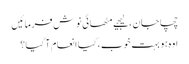
چچا جان ، لیجیے مٹھائی نوش فرمائیں
اوہ ہو بہت خوب ، کیا انعام آ گیا؟